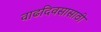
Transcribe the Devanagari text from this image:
वाढदिवसासाठी